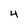
Character: 4